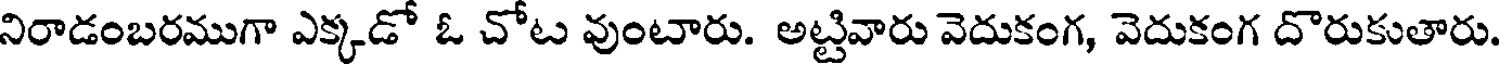
నిరాడంబరముగా ఎక్కడో ఓ చోట వుంటారు. అట్టివారు వెదుకంగ, వెదుకంగ దొరుకుతారు